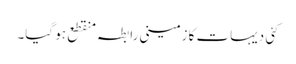
کئی دیہات کا زمینی رابطہ منقطع ہو گیا۔